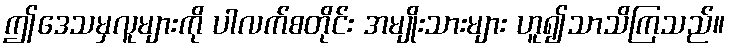
ဤဒေသမှလူများကို ပါလက်စတိုင်း အမျိုးသားများ ဟူ၍သာသိကြသည်။